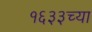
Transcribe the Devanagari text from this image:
१६३३च्या